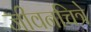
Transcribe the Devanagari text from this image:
जीवनचित्रे